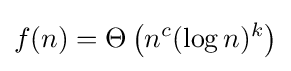
f(n)=\Theta \left(n^{c}(\log n)^{k}\right)